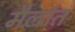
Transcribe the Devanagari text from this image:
मैलांत